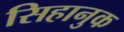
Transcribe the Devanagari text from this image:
सिहानुक